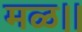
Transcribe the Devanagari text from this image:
मळ।।